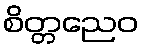
စိတ္တညေဝ